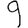
Digit: 9